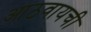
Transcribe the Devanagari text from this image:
आठवायची